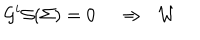
\mathcal { G } ^ { i } \mathcal { S } ( \Sigma ) = 0 \, \, \, \, \, \, \, \Rightarrow \; \; \mathcal { W }